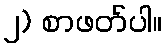
၂) စာဖတ်ပါ။